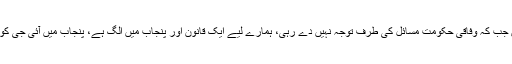
وزیراعلیٰ سندھ کا کہنا تھا کہ پولیس میں اصلاحات کے لیے کام کررہے ہیں جب کہ وفاقی حکومت مسائل کی طرف توجہ نہیں دے رہی، ہمارے لیے ایک قانون اور پنجاب میں الگ ہے، پنجاب میں آئی جی کو ہٹا دیا جائے کوئی فرق نہیں پڑتا مگر سندھ میں ہم ایسی بات نہیں کرسکتے۔